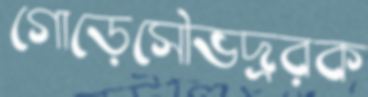
গোড়েসৌভদ্ররক